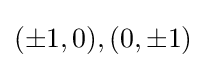
(\pm 1,0),(0,\pm 1)